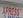
xpress